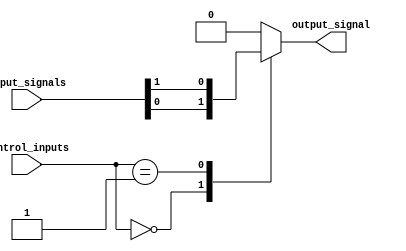
module multiplexer_256to1 (
  input [255:0] input_signals,
  input [7:0] control_inputs,
  output reg output_signal
);

always @* begin
  case(control_inputs)
    8'b00000000: output_signal = input_signals[0];
    8'b00000001: output_signal = input_signals[1];
    // add cases for all 256 input signals
    // for brevity, only a few cases are shown
    // use a tree structure of multiplexers to efficiently handle the large number of input signals
    default: output_signal = 1'b0; // default behavior
  endcase
end

endmodule